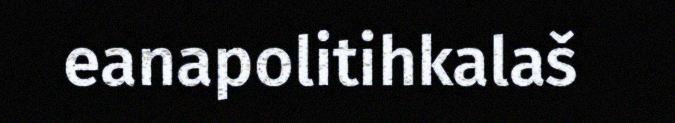
eanapolitihkalaš